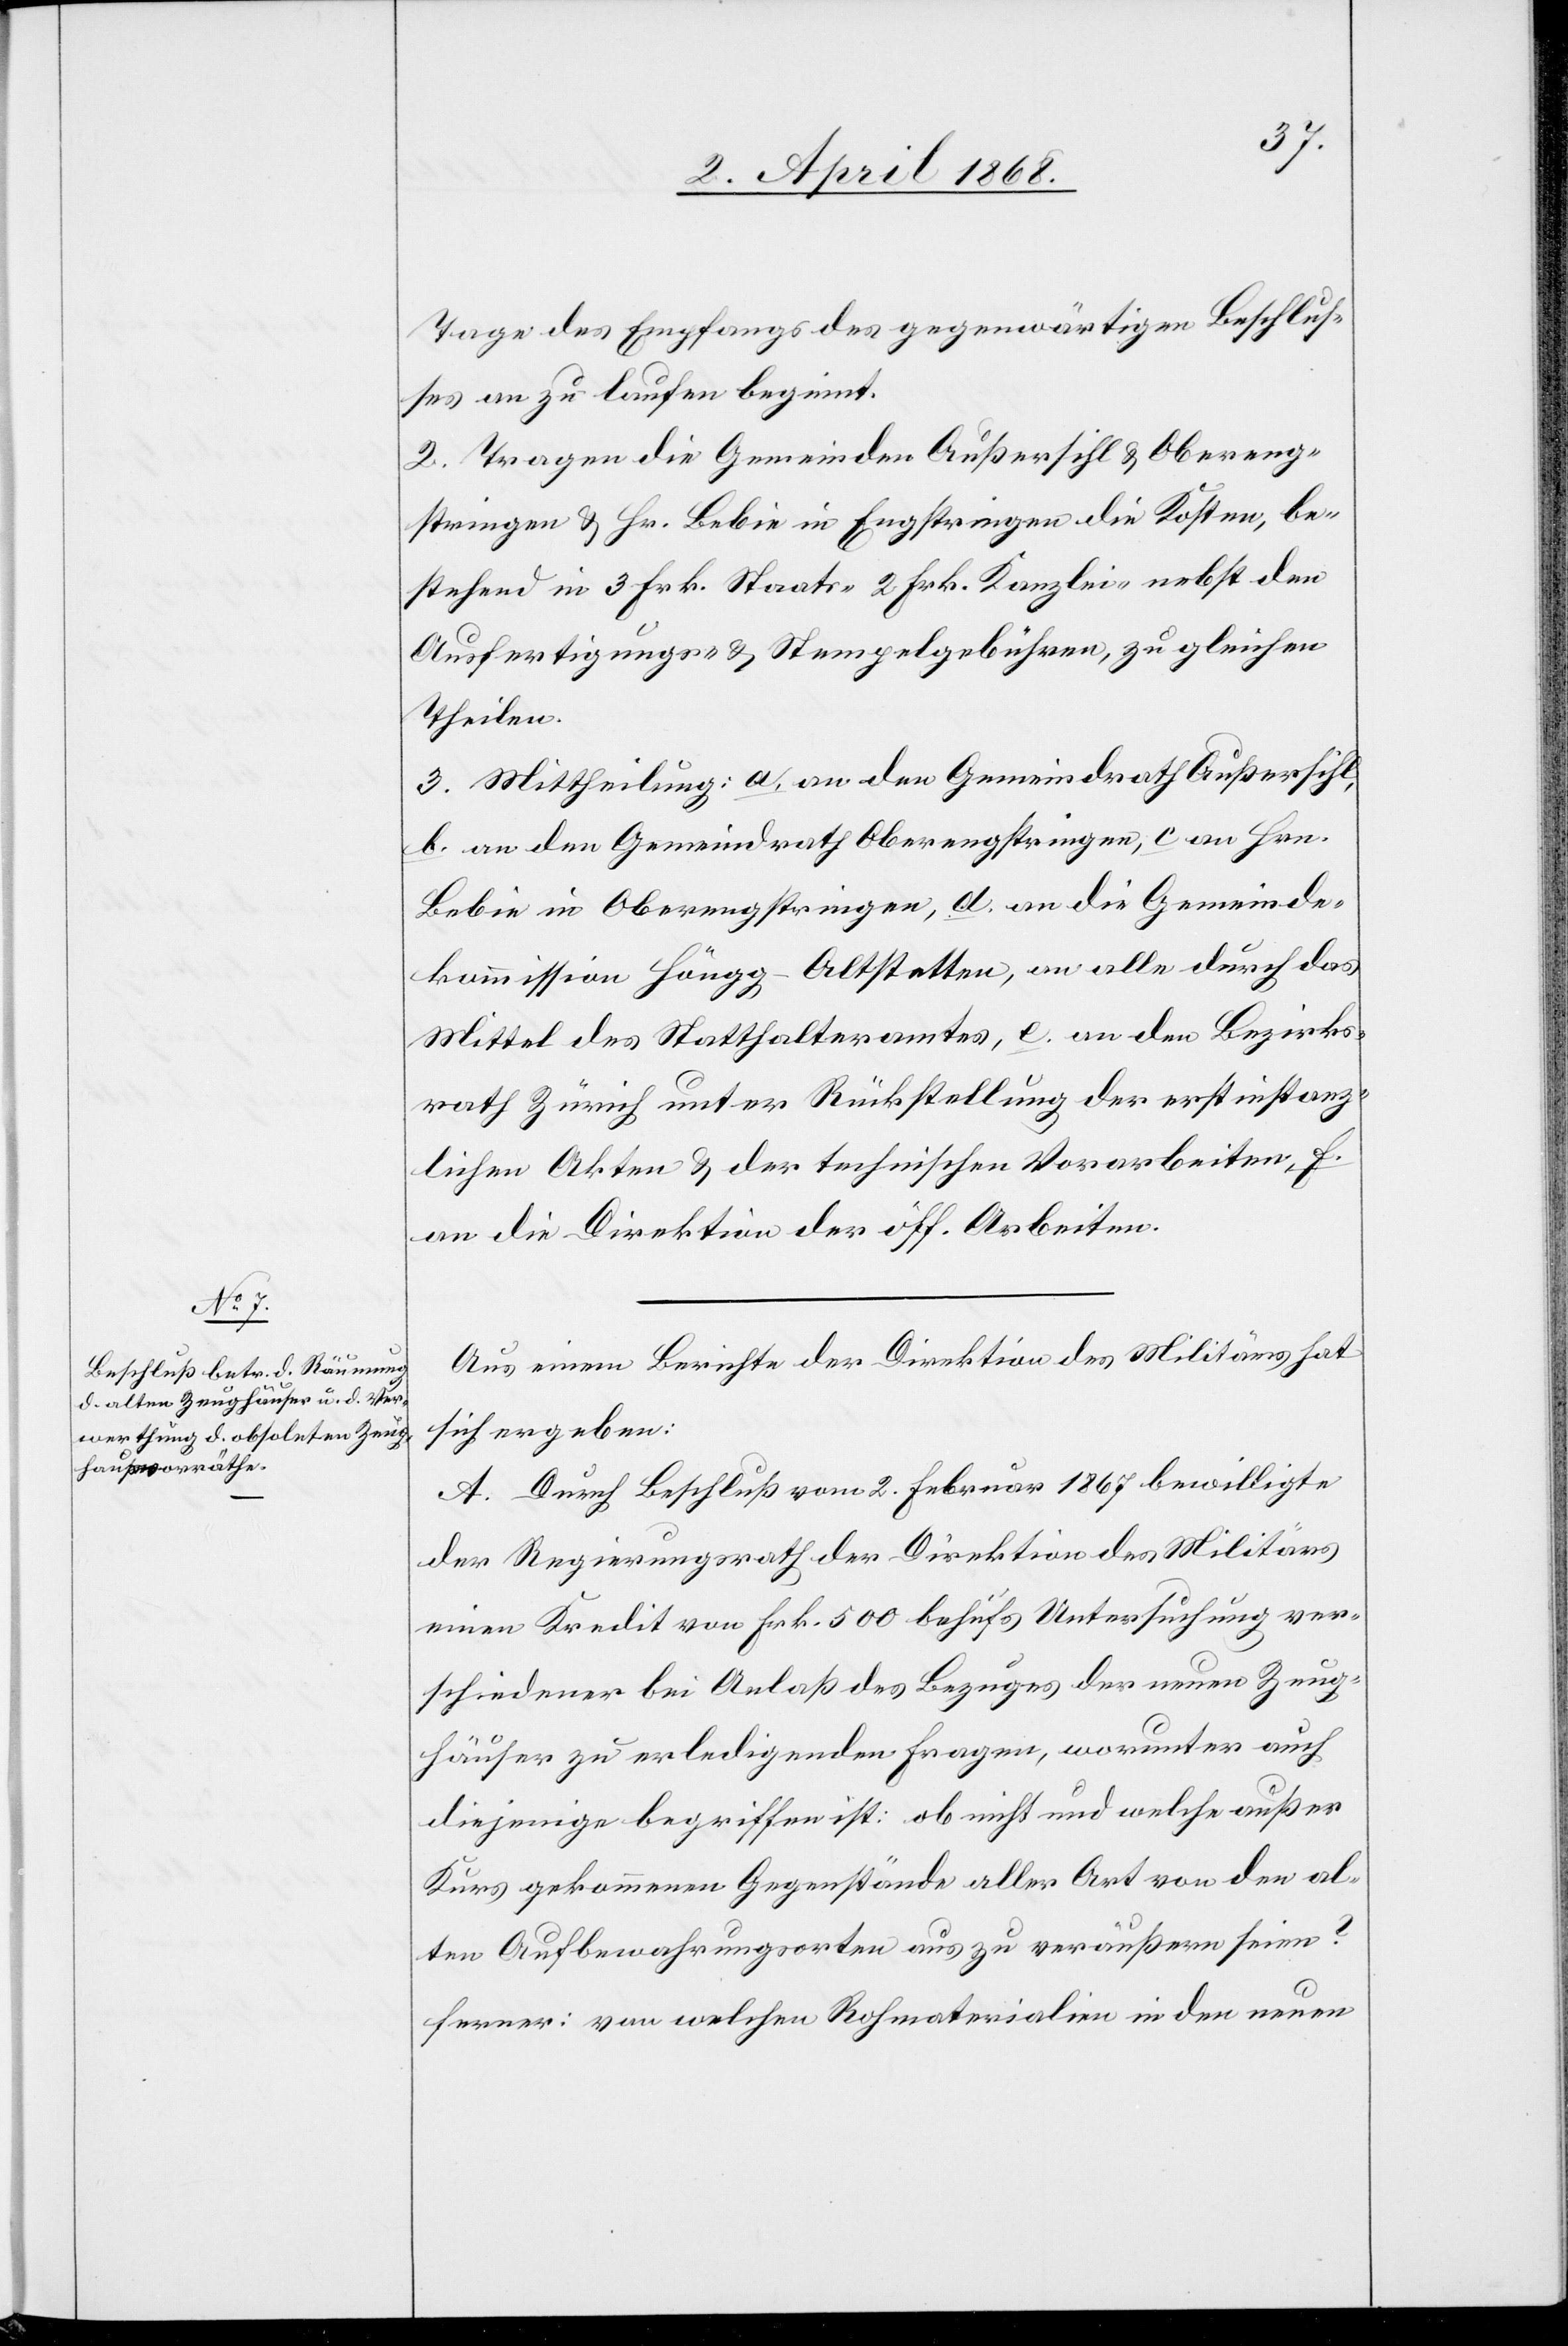
Tage des Empfangs des gegenwärtigen Beschlus¬
ses an zu laufen beginnt.
2. Tragen die Gemeinden Außersihl & Obereng¬
stringen & Hr. Bebie in Engstringen die Kosten, be¬
stehend in 3 Frk. Staats-[,] 2 Frk. Kanzlei-[,] nebst den
Ausfertigungs- & Stempelgebühren, zu gleichen
Theilen.
3. Mittheilung: a. an den Gemeindrath Außersihl,
b. an den Gemeindrath Oberengstringen, c an Hrn.
Bebie in Oberengstringen, d. an die Gemeinde¬
kommission Höngg-Altstetten, an alle durch das
Mittel des Statthalteramtes, e. an den Bezirks¬
rath Zürich unter Rückstellung der erstinstanz¬
lichen Akten & der technischen Vorarbeiten, f.
an die Direktion der öff. Arbeiten.